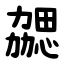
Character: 勰